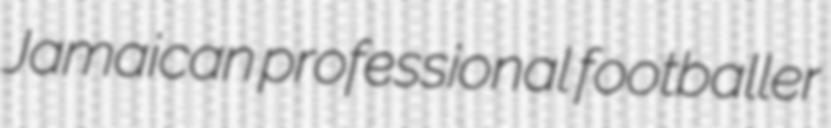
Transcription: Jamaican professional footballer